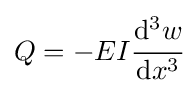
Q=-EI{\cfrac {\mathrm {d} ^{3}w}{\mathrm {d} x^{3}}}